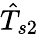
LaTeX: \hat{T}_{s2}